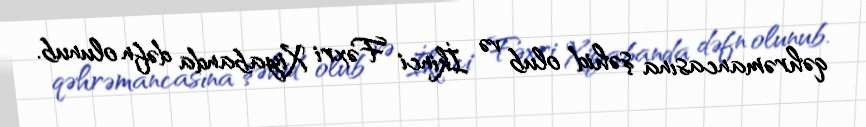
qəhrəmancasına şəhid olub və İkinci Fəxri Xiyabanda dəfn olunub.